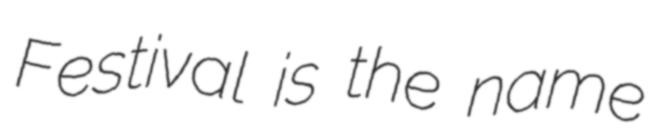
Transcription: Festival is the name